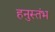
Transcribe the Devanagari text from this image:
हनुस्तंभ